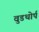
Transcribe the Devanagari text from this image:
वुडथोर्प